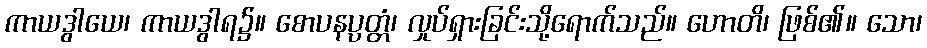
ကာယဒွါယေ၊ ကာယဒွါရ၌။ စောပနပ္ပတ္တံ၊ လှုပ်ရှားခြင်းသို့ရောက်သည်။ ဟောတိ၊ ဖြစ်၏။ သော၊